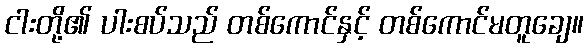
ငါးတို့၏ ပါးစပ်သည် တစ်ကောင်နှင့် တစ်ကောင်မတူချေ။